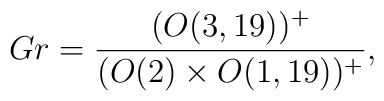
Gr = \frac {(O(3,19))^+}{(O(2)\times O(1,19))^+},